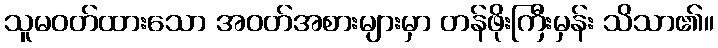
သူမဝတ်ထားသော အဝတ်အစားများမှာ တန်ဖိုးကြီးမှန်း သိသာ၏။